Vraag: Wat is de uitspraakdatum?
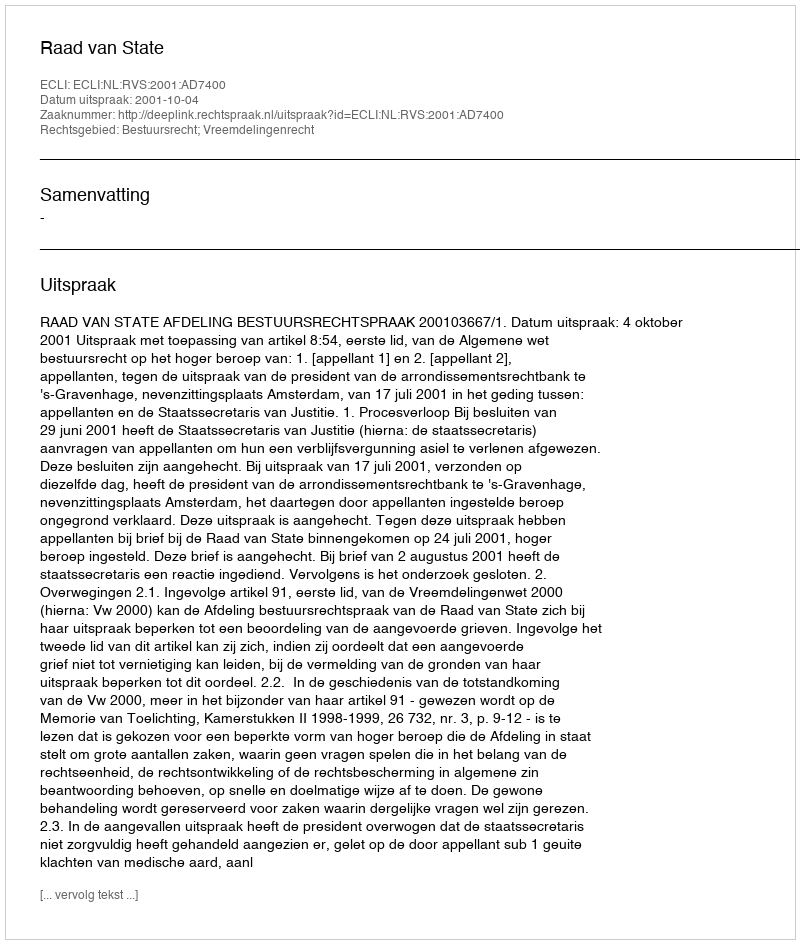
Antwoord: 2001-10-04